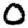
Digit: 0